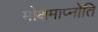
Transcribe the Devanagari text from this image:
मोक्षमाप्नोति